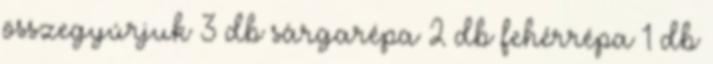
összegyúrjuk 3 db sárgarépa 2 db fehérrépa 1 db